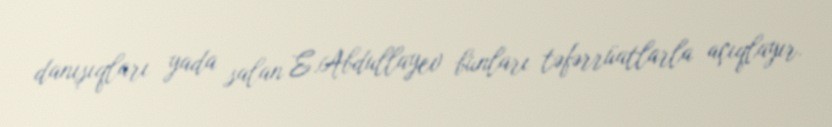
danışıqları yada salan E.Abdullayev bunları təfərrüatlarla açıqlayır.